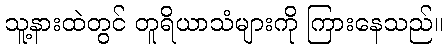
သူ့နားထဲတွင် တူရိယာသံများကို ကြားနေသည်။